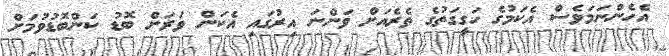
އެހެންނަމަވެސް އެކަމުގެ ހަގީގަތުގެ ތެރެއަށް ވަންނަ އިރުގައި އެކަން ވަރަށް ބޮޑު ކަންބޮޑުވުމަށް